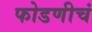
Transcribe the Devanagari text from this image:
फोडणीचं